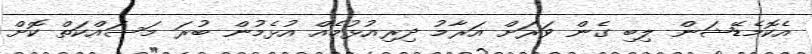
އެކޮމެޑޭޝަން ލިބި ގެން ވަރަށް އަރާމު ދިރިއުޅުމެއް އުޅެމުން ބުރަ މަސައްކަތް ކޮށް